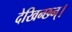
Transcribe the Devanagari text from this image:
देखिन्छन्।